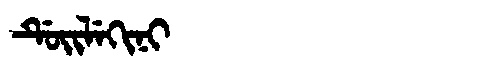
Manchu: ᡩᡠᡳᠯᡝᡴᡳᠨᡳ
Romanization: DUILEKINI